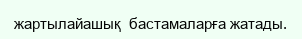
жартылайашық  бастамаларға жатады.